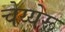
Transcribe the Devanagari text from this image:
चेय्येरू